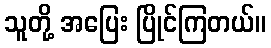
သူတို့ အပြေး ပြိုင်ကြတယ်။